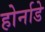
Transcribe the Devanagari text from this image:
होर्नाडे